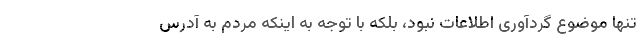
تنها موضوع گردآوری اطلاعات نبود، بلکه با توجه به اینکه مردم به آدرس